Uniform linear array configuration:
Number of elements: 16
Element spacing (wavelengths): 0.75
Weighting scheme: kaiser
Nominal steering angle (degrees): -60
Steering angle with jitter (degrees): -58.839
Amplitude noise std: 0.05
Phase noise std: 0.05

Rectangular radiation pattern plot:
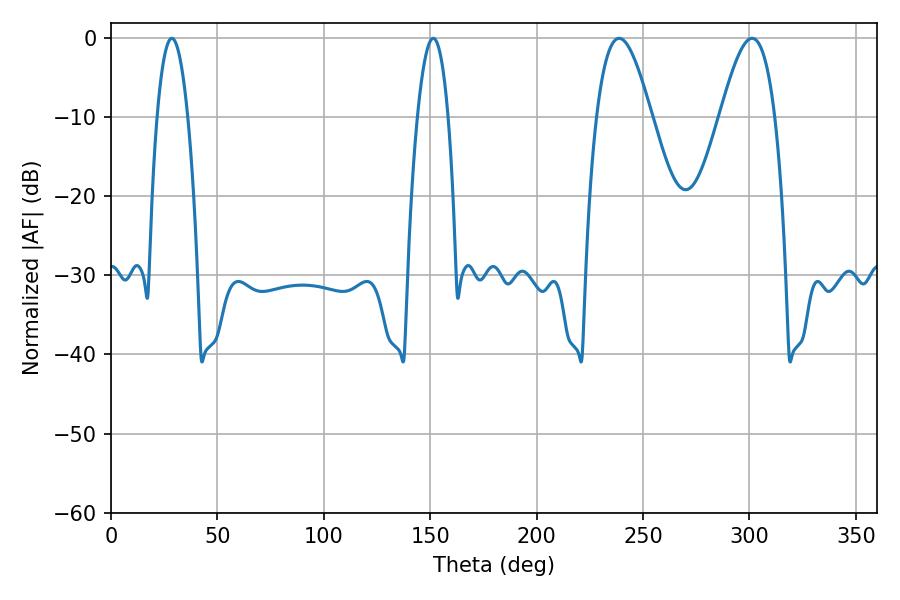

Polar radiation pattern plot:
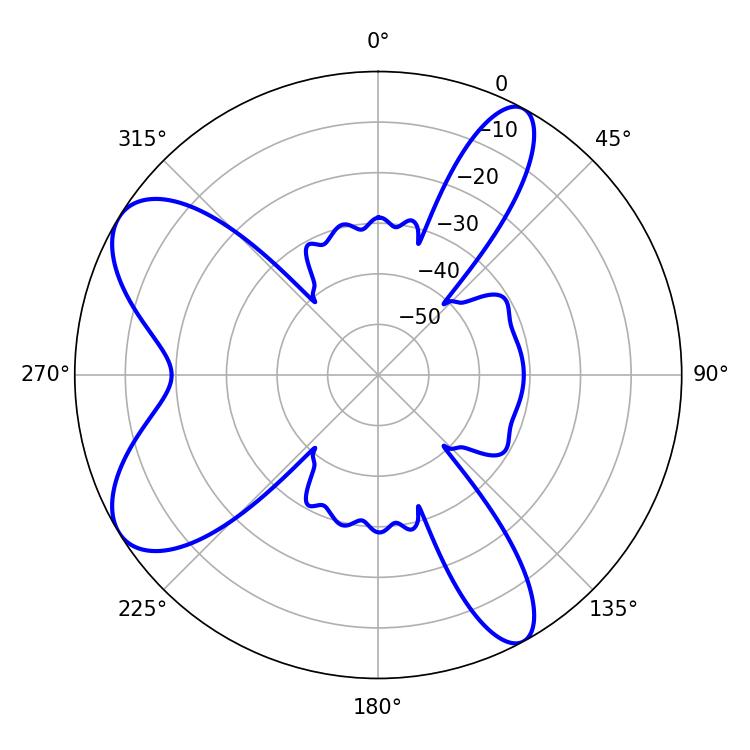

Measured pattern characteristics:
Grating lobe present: TRUE
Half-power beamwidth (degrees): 7.92
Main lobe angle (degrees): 28.62